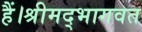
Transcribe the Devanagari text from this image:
हैं।श्रीमद्भागवत